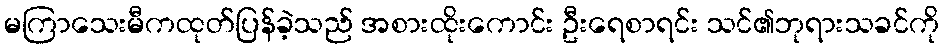
မကြာသေးမီကထုတ်ပြန်ခဲ့သည် အစားထိုးကောင်း ဦးရေစာရင်း သင်၏ဘုရားသခင်ကို